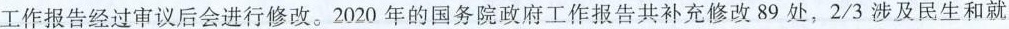
工作报告经过审议后会进行修改。2020年的国务院政府工作报告共补充修改89处，2/3涉及民生和就